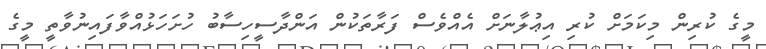
މީގެ ކުރިން މިކަމަށް ކުރި އިޢުލާނަށް އެއްވެސް ފަރާތަކުން އަންދާސީހިސާބު ހުށަހަޅުއްވާފައިނުވާތީ މީގެ